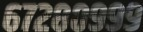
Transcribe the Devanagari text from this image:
६७२८०९९९